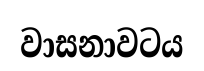
වාසනාවටය